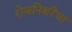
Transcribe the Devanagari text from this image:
रोजनिशींचा